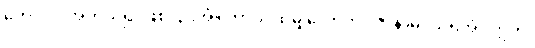
ဟောတိ၊ အကယ်၍ ဖြစ်ငြားအံ့။ တာဝ၊ ထိုမျှလောက်။ ဇာနာမိ၊ သိရအံ့။ ဣတိ၊